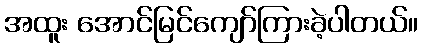
အထူး အောင်မြင်ကျော်ကြားခဲ့ပါတယ်။